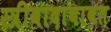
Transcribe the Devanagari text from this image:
स्त्रीवादाबाबत